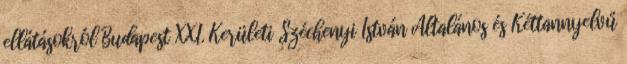
ellátásokról Budapest XXI. Kerületi Széchenyi István Általános és Kéttannyelvű